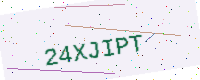
Text: 24XJIPT